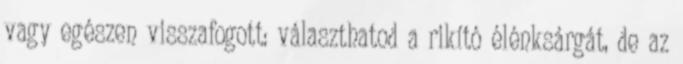
vagy egészen visszafogott: választhatod a rikító élénksárgát, de az